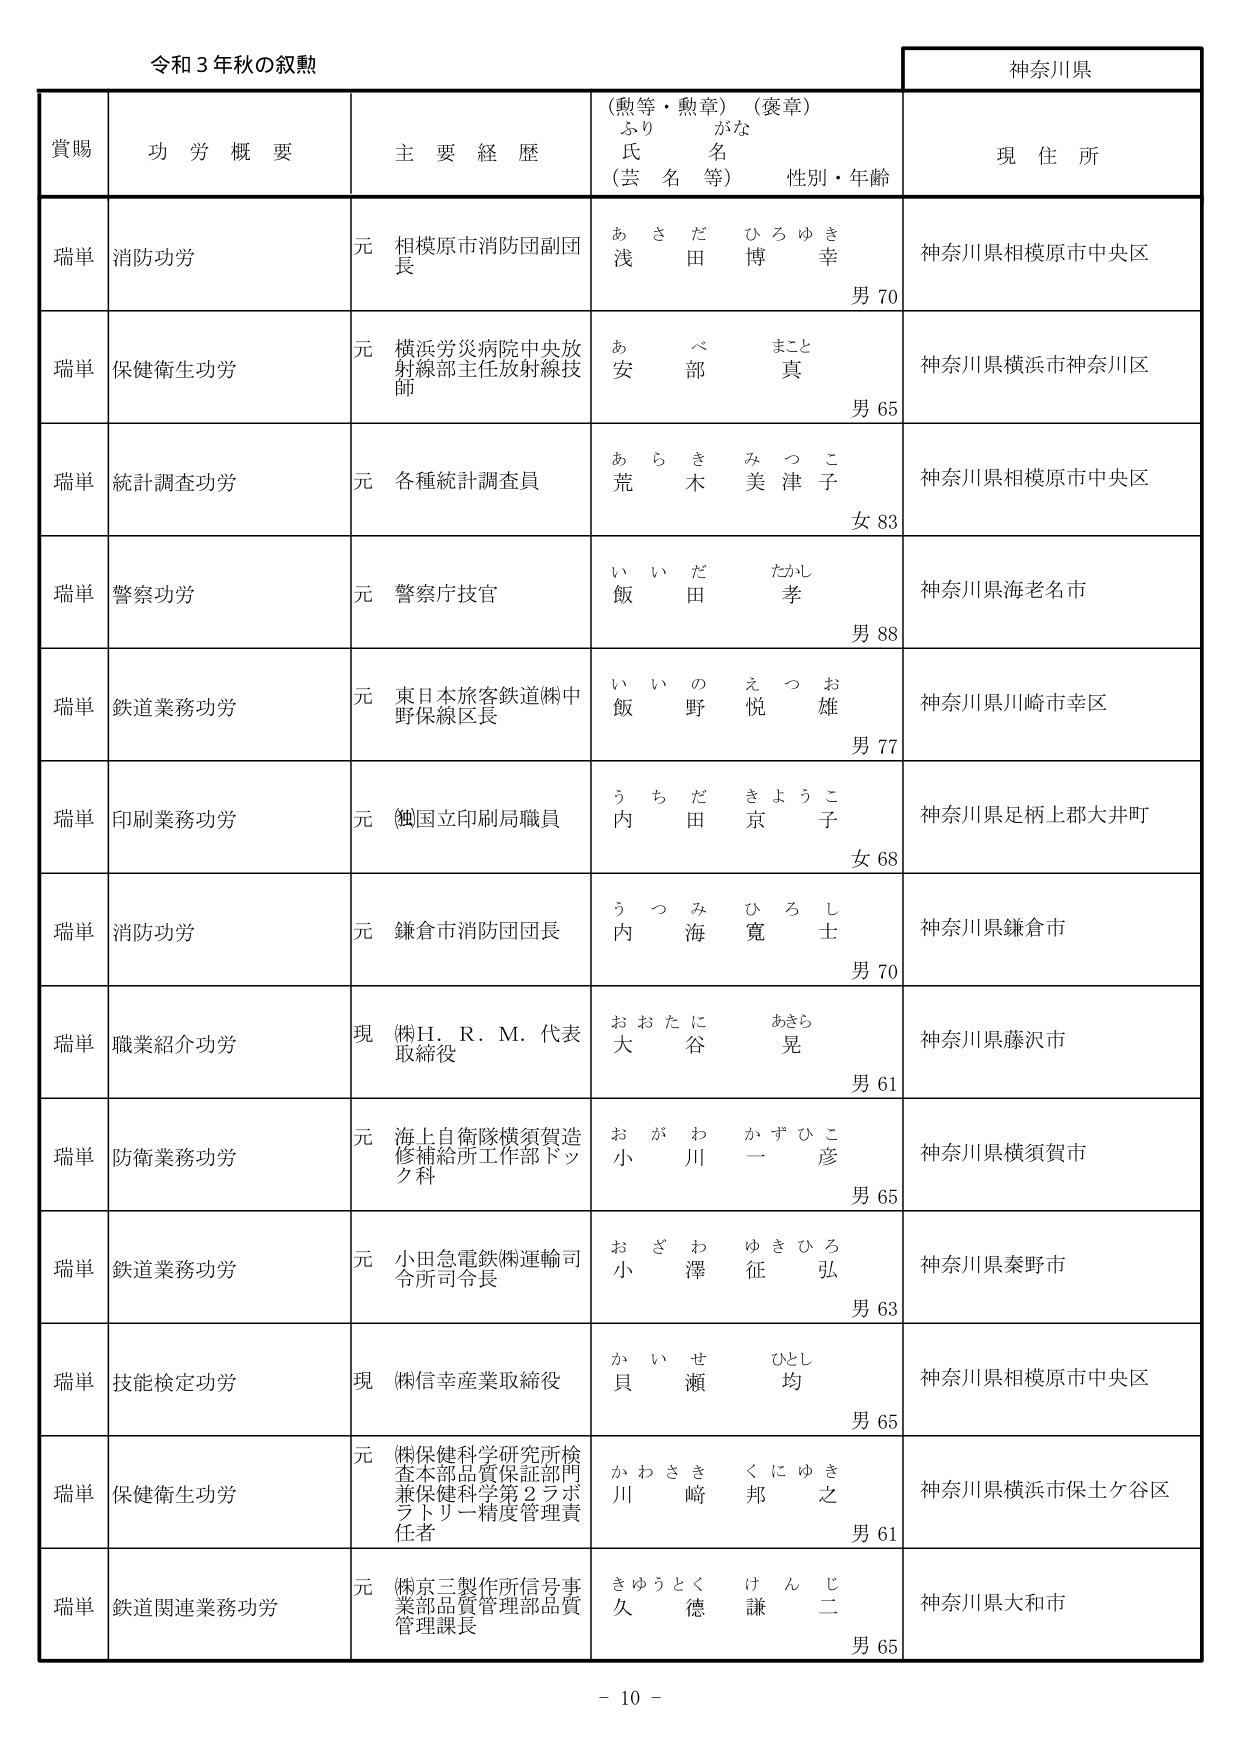
令和３年秋の叙勲

神奈川県

賞賜　功労概要　主要経歴　（勲等・勲章）（褒章）　ふりがな　氏名（芸名等）　性別・年齢　現住所

瑞単　消防功労　元　相模原市消防団副団長　あさだ　ひろゆき　浅田　博幸　男70　神奈川県相模原市中央区

瑞単　保健衛生功労　元　横浜労災病院中央放射線部主任放射線技師　あべ　まこと　安部　真　男65　神奈川県横浜市神奈川区

瑞単　統計調査功労　元　各種統計調査員　あらき　みつこ　荒木　美津子　女83　神奈川県相模原市中央区

瑞単　警察功労　元　警察庁技官　いいだ　たかし　飯田　孝　男88　神奈川県海老名市

瑞単　鉄道業務功労　元　東日本旅客鉄道㈱中野保線区長　いいの　えつお　飯野　悦雄　男77　神奈川県川崎市幸区

瑞単　印刷業務功労　元　㈱国立印刷局職員　うちだ　きょうこ　内田　京子　女68　神奈川県足柄上郡大井町

瑞単　消防功労　元　鎌倉市消防団団長　うつみ　ひろし　内海　寛士　男70　神奈川県鎌倉市

瑞単　職業紹介功労　現　㈱H．R．M．代表取締役　おおたに　あきら　大谷　晃　男61　神奈川県藤沢市

瑞単　防衛業務功労　元　海上自衛隊横須賀造修補給所工作部ドック科　おがわ　かずひこ　小川　一彦　男65　神奈川県横須賀市

瑞単　鉄道業務功労　元　小田急電鉄㈱運輸司令所司令長　おざわ　ゆきひろ　小澤　征弘　男63　神奈川県秦野市

瑞単　技能検定功労　現　㈱信幸産業取締役　かいせ　ひとし　貝瀬　均　男65　神奈川県相模原市中央区

瑞単　保健衛生功労　元　㈱保健科学研究所検査本部品質保証部門兼保健科学第2ラボラトリー精度管理責任者　かわさき　くにゆき　川﨑　邦之　男61　神奈川県横浜市保土ケ谷区

瑞単　鉄道関連業務功労　元　㈱京三製作所信号事業部品質管理部品質管理課長　きゅうとく　けんじ　久徳　謙二　男65　神奈川県大和市

－10－